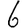
Digit: 6